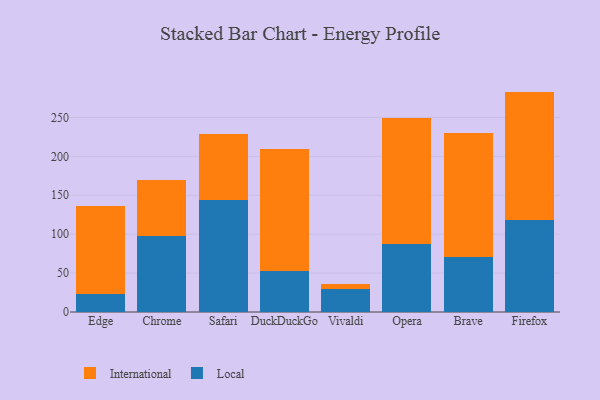
{"axis": {"x": "Browser", "y": "Page Views"}, "legend": ["International", "Local"], "data": [{"x": "Edge", "y": 23.0, "type": "Local"}, {"x": "Edge", "y": 113.2, "type": "International"}, {"x": "Chrome", "y": 97.5, "type": "Local"}, {"x": "Chrome", "y": 71.8, "type": "International"}, {"x": "Safari", "y": 143.6, "type": "Local"}, {"x": "Safari", "y": 84.5, "type": "International"}, {"x": "DuckDuckGo", "y": 52.5, "type": "Local"}, {"x": "DuckDuckGo", "y": 157.2, "type": "International"}, {"x": "Vivaldi", "y": 29.3, "type": "Local"}, {"x": "Vivaldi", "y": 6.4, "type": "International"}, {"x": "Opera", "y": 88.0, "type": "Local"}, {"x": "Opera", "y": 161.5, "type": "International"}, {"x": "Brave", "y": 70.9, "type": "Local"}, {"x": "Brave", "y": 158.7, "type": "International"}, {"x": "Firefox", "y": 118.5, "type": "Local"}, {"x": "Firefox", "y": 164.7, "type": "International"}]}